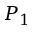
P _ { 1 }